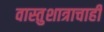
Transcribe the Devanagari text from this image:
वास्तुशात्राचाही